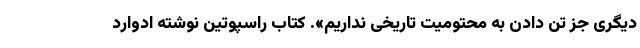
دیگری جز تن دادن به محتومیت تاریخی نداریم». کتاب راسپوتین نوشته ادوارد